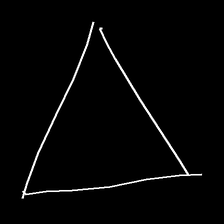
Glyph: convergence